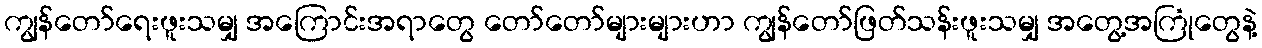
ကျွန်တော်ရေးဖူးသမျှ အကြောင်းအရာတွေ တော်တော်များများဟာ ကျွန်တော်ဖြတ်သန်းဖူးသမျှ အတွေ့အကြုံတွေနဲ့